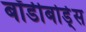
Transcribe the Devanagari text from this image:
बॉडीबोर्ड्स